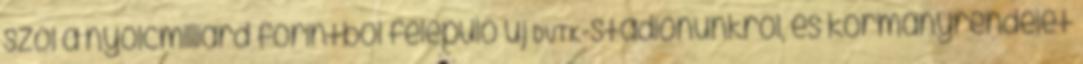
szól a nyolcmilliárd forintból felépülő új DVTK-stadionunkról, és kormányrendelet